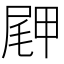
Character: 𪨖